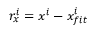
r _ { x } ^ { i } = x ^ { i } - x _ { f i t } ^ { i }